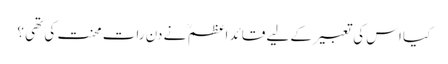
کیا اس کی تعبیر کے لیے قائد اعظم ؒ نے دن رات محنت کی تھی ؟